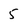
Character: 5